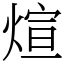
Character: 煊